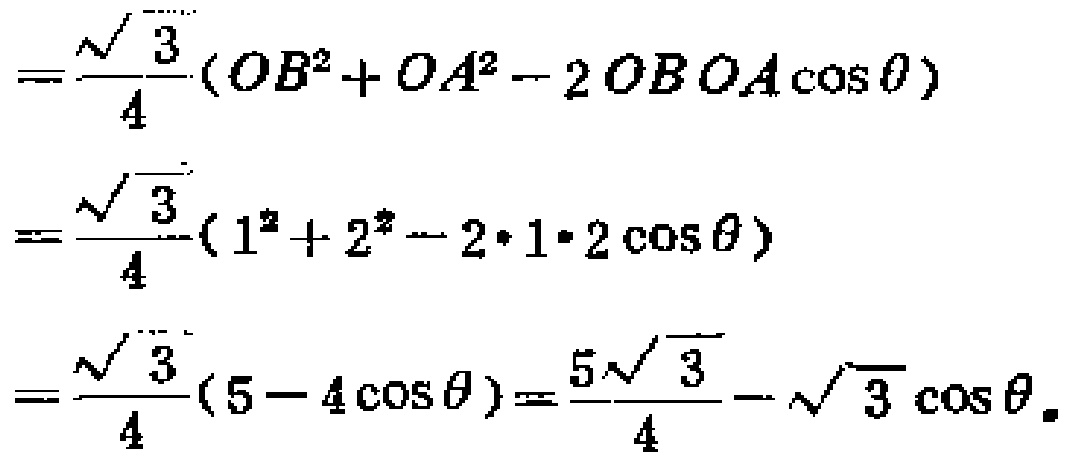
\[
\begin{align*}
&=\frac{\sqrt{3}}{4}(OB^{2}+OA^{2}-2OB\cdot OA\cos\theta)\\
&=\frac{\sqrt{3}}{4}(1^{2}+2^{2}-2\cdot1\cdot2\cos\theta)\\
&=\frac{\sqrt{3}}{4}(5 - 4\cos\theta)=\frac{5\sqrt{3}}{4}-\sqrt{3}\cos\theta
\end{align*}
\]